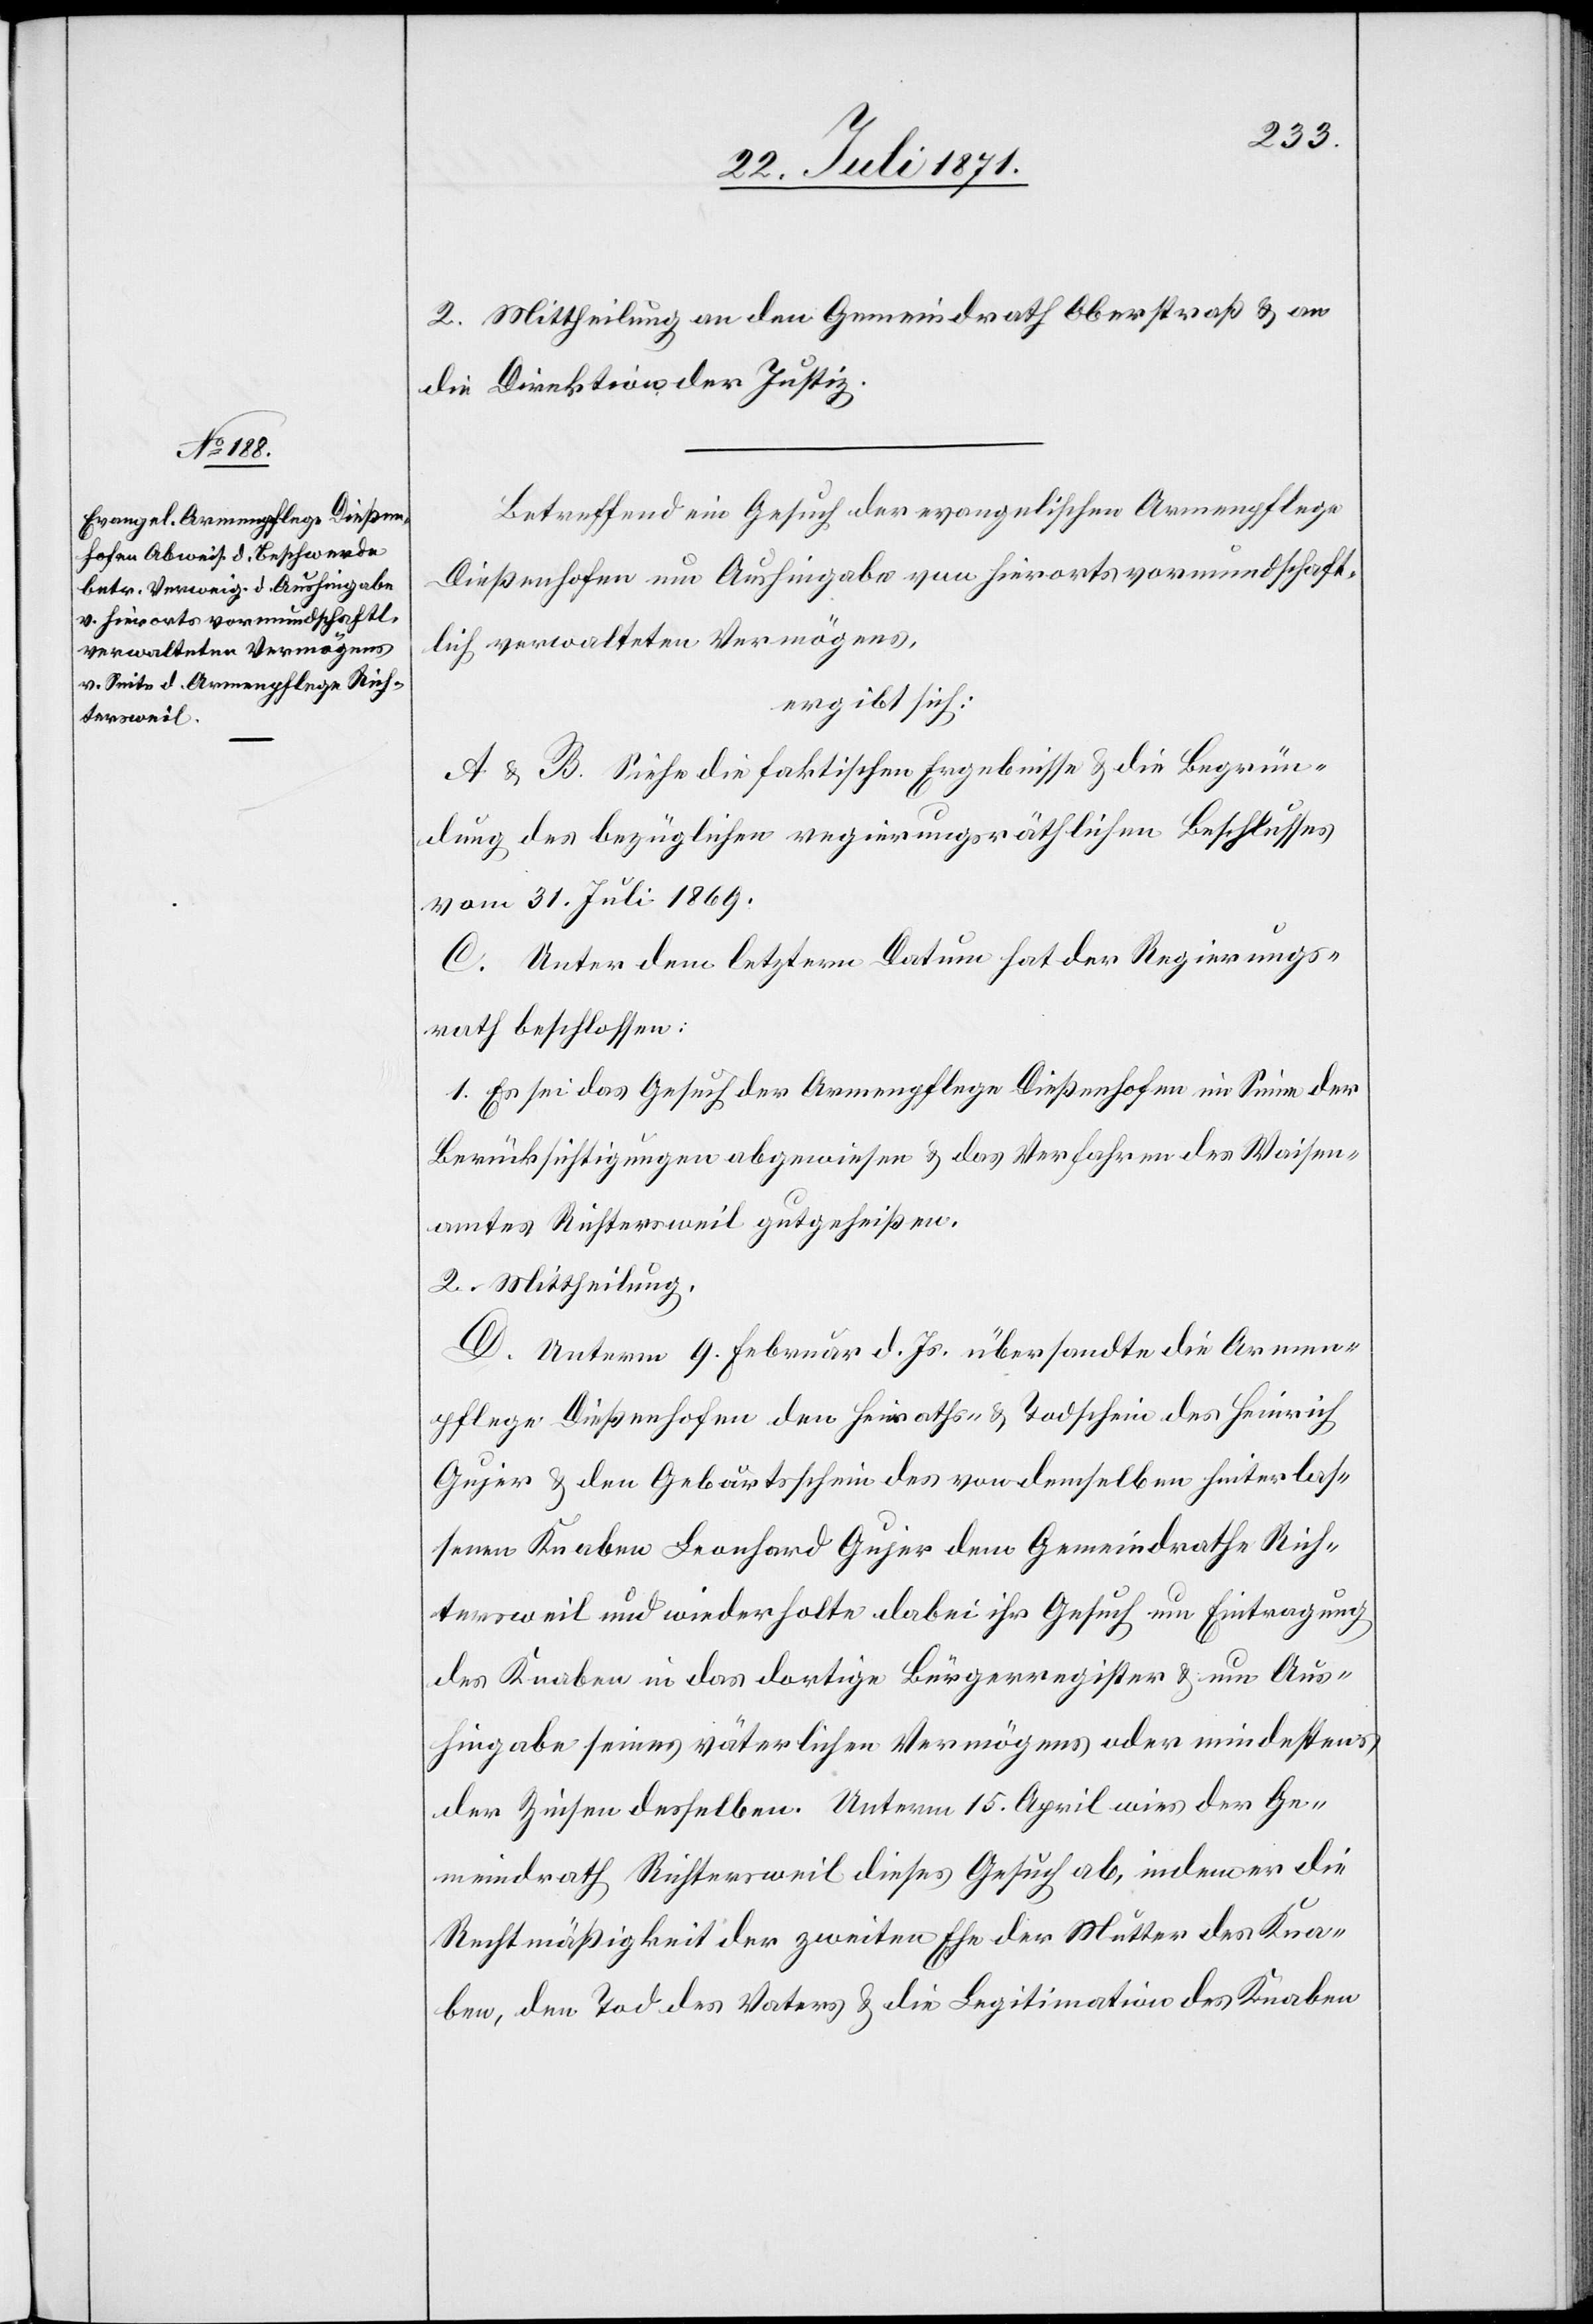
2. Mittheilung an den Gemeindrath Oberstraß u. an
die Direktion der Justiz.
Betreffend ein Gesuch der evangelischen Armenpflege
Dießenhofen um Aushingabe von hierorts vormundschaft¬
lich verwalteten Vermögens,
ergibt sich:
A u. B. Siehe die faktischen Ergebnisse u. die Begrün¬
dung des bezüglichen regierungsräthlichen Beschlusses
vom 31. Juli 1869.
C. Unter dem letztern Datum hat der Regierungs¬
rath beschlossen:
1. Es sei das Gesuch der Armenpflege Dießenhofen im Sinne der
Berücksichtigungen abgewiesen u. das Verfahren des Waisen¬
amtes Richtersweil gutgeheißen.
2. Mittheilung.
D. Unterm 9. Februar d. Js. übersandte die Armen¬
pflege Dießenhofen den Heiraths- u. Todschein des Heinrich
Gujer u. den Geburtsschein des von demselben hinterlas¬
senen Knaben Leonhard Gujer dem Gemeindrathe Rich¬
tersweil und wiederholte dabei ihr Gesuch um Eintragung
des Knaben in das dortige Bürgerregister u. um Aus¬
hingabe seines väterlichen Vermögens oder mindestens
der Zinsen desselben. Unterm 15. April wies der Ge¬
meindrath Richtersweil dieses Gesuch ab, indem er die
Rechtmäßigkeit der zweiten Ehe der Mutter des Kna¬
ben, den Tod des Vaters u. die Legitimation des Knaben